Civil Veterinary Dept. North-West Frontier Province 1901-22 - 1901-1922
Year: 1901
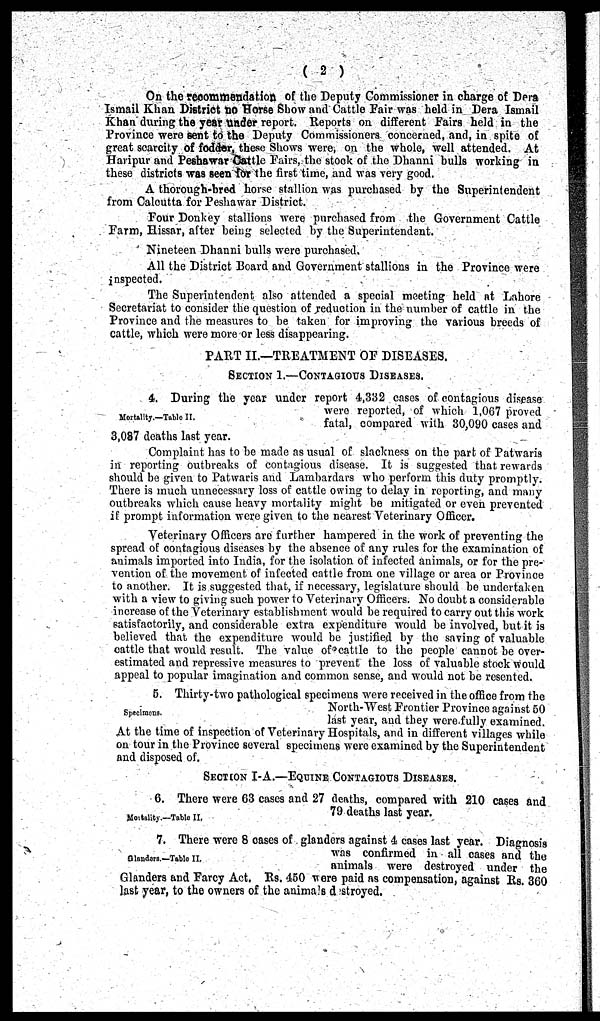
(2)
On the recommendation of the Deputy Commissioner in charge of Dera
Ismail Khan District no Horse Show and Cattle Fair was held in Dera Ismail
Khan during the year under report. Reports on different Fairs held in the
Province were sent to the Deputy Commissioners concerned, and, in spite of
great scarcity of fodder, these Shows were, on the whole, well attended. At
Haripur and Peshawar Cattle Fairs, the stock of the Dhanni bulls working in
these districts was seen for the first time, and was very good.
A thorough-bred horse stallion was purchased by the Superintendent
from Calcutta for Peshawar District.
Four Donkey stallions were purchased from the Government Cattle
Farm, Hissar, after being selected by the Superintendent.
Nineteen Dhanni bulls were purchased.
All the District Board and Government stallions in the Province were
inspected.
The Superintendent also attended a special meeting held at Lahore
Secretariat to consider the question of reduction in the number of cattle in the
Province and the measures to be taken for improving the various breeds of
cattle, which were more or less disappearing.
PART II.—TREATMENT OF DISEASES.
SECTION 1.—CONTAGIOUS DISEASES.
Mortality.—Table II.
4. During the year under report 4,332 cases of contagious disease
were reported, of which 1,067 proved
fatal, compared with 30,090 cases and
3,087 deaths last year.
Complaint has to be made as usual of slackness on the part of Patwaris
in reporting outbreaks of contagious disease. It is suggested that rewards
should be given to Patwaris and Lambardars who perform this duty promptly.
There is much unnecessary loss of cattle owing to delay in reporting, and many
outbreaks which cause heavy mortality might be mitigated or even prevented
if prompt information were given to the nearest Veterinary Officer.
Veterinary Officers are further hampered in the work of preventing the
spread of contagious diseases by the absence of any rules for the examination of
animals imported into India, for the isolation of infected animals, or for the pre-
vention of the movement of infected cattle from one village or area or Province
to another. It is suggested that, if necessary, legislature should be undertaken
with a view to giving such power to Veterinary Officers. No doubt a considerable
increase of the Veterinary establishment would be required to carry out this work
satisfactorily, and considerable extra expenditure would be involved, but it is
believed that the expenditure would be justified by the saving of valuable
cattle that would result. The value of cattle to the people cannot be over-
estimated and repressive measures to prevent the loss of valuable stock would
appeal to popular imagination and common sense, and would not be resented.
Specimens.
5. Thirty-two pathological specimens were received in the office from the
North-West Frontier Province against 50
last year, and they were fully examined.
At the time of inspection of Veterinary Hospitals, and in different villages while
on tour in the Province several specimens were examined by the Superintendent
and disposed of.
SECTION I-A.—EQUINE CONTAGIOUS DISEASES.
Mortality.—Table II.
6. There were 63 cases and 27 deaths, compared with 210 cases and
79 deaths last year.
Glandars.—Table II.
7. There were 8 cases of glanders against 4 cases last year. Diagnosis
was confirmed in all cases and the
animals were destroyed under the
Glanders and Farcy Act. Rs. 450 were paid as compensation, against Rs. 360
last year, to the owners of the animals d stroyed.